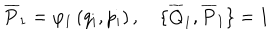
LaTeX: \overline { { { P } } } _ { 1 } = \varphi _ { 1 } \left( q _ { i } , p _ { i } \right) , \quad \{ \overline { { { Q } } } _ { 1 } , \overline { { { P } } } _ { 1 } \} = 1